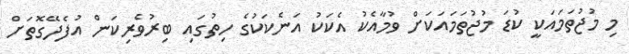
މި މުޖުތަމައަކީ ކުޑަ މުޖުތަމައަކަށް ވުމާއެކު އެކަކު އަނެކަކުގެ ހިތުގައި ބިރުވެރިކަން އުފެދޭގޮތަށް